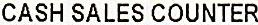
CASH SALES COUNTER